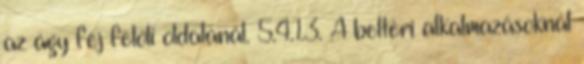
az ágy fej felöli oldalánál. 5.4.1.3. A beltéri alkalmazásoknál